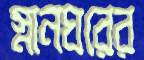
স্নানঘরের